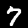
Digit: 7